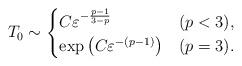
LaTeX: \begin{align*}T_0 \sim \begin{cases}C \varepsilon^{-\frac{p-1}{3-p}} & (p<3),\\\exp \left( C \varepsilon^{-(p-1)} \right) &(p=3).\end{cases}\end{align*}